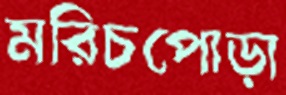
মরিচপোড়া